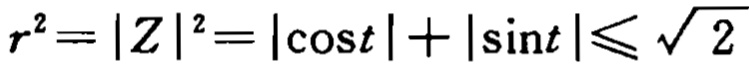
\(r^{2}=|Z|^{2}=|\cos t|+|\sin t|\leqslant \sqrt{2}\)